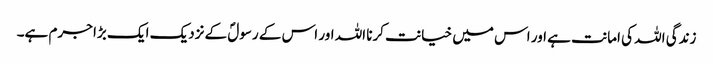
زندگی اللہ کی امانت ہے اور اس میں خیانت کرنا اللہ اور اس کے رسولؐ کے نزدیک ایک بڑا جرم ہے۔